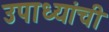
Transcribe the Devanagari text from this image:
उपाध्यांची